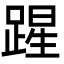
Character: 𮛲